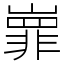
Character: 㠑